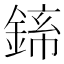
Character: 𬫪